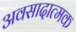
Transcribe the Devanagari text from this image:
अवसादात्मक